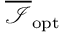
\overline { { \mathcal { I } } } _ { \mathrm { o p t } }